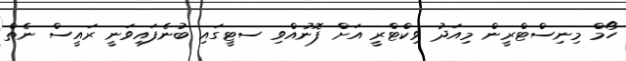
ހޯމް މިނިސްޓްރީން މިއަދު ވިކްޓްރީ އަށް ފޮނުއްވި ސޓީގައި ބުނެފައިވަނީ ރައީސް ނެތް